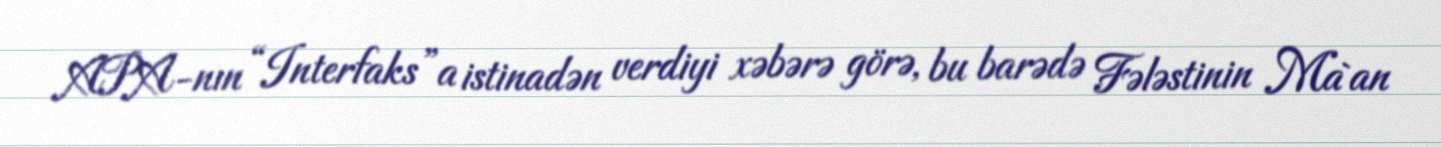
APA-nın “Interfaks”a istinadən verdiyi xəbərə görə, bu barədə Fələstinin Ma`an